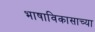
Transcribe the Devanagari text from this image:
भाषाविकासाच्या